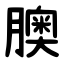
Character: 䐿